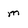
Character: m